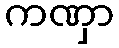
ကဏှာ